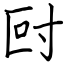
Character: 尀